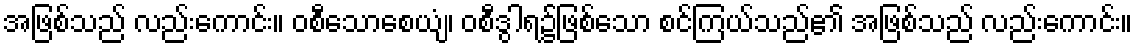
အဖြစ်သည် လည်းကောင်း။ ဝစီသောစေယျံ၊ ဝစီဒွါရ၌ဖြစ်သော စင်ကြယ်သည်၏ အဖြစ်သည် လည်းကောင်း။